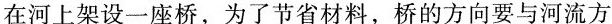
在河上架设一座桥，为了节省材料，桥的方向要与河流方